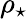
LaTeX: \rho_{\star}